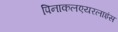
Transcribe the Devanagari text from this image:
पिनाकलएयरलाइंस